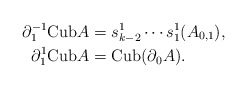
\begin{align*}\partial_1^{-1}{\rm Cub}A & =s_{k-2}^1\cdots s_1^1(A_{0,1}), \\\partial_1^{1}{\rm Cub}A & ={\rm Cub}(\partial_0A).\end{align*}